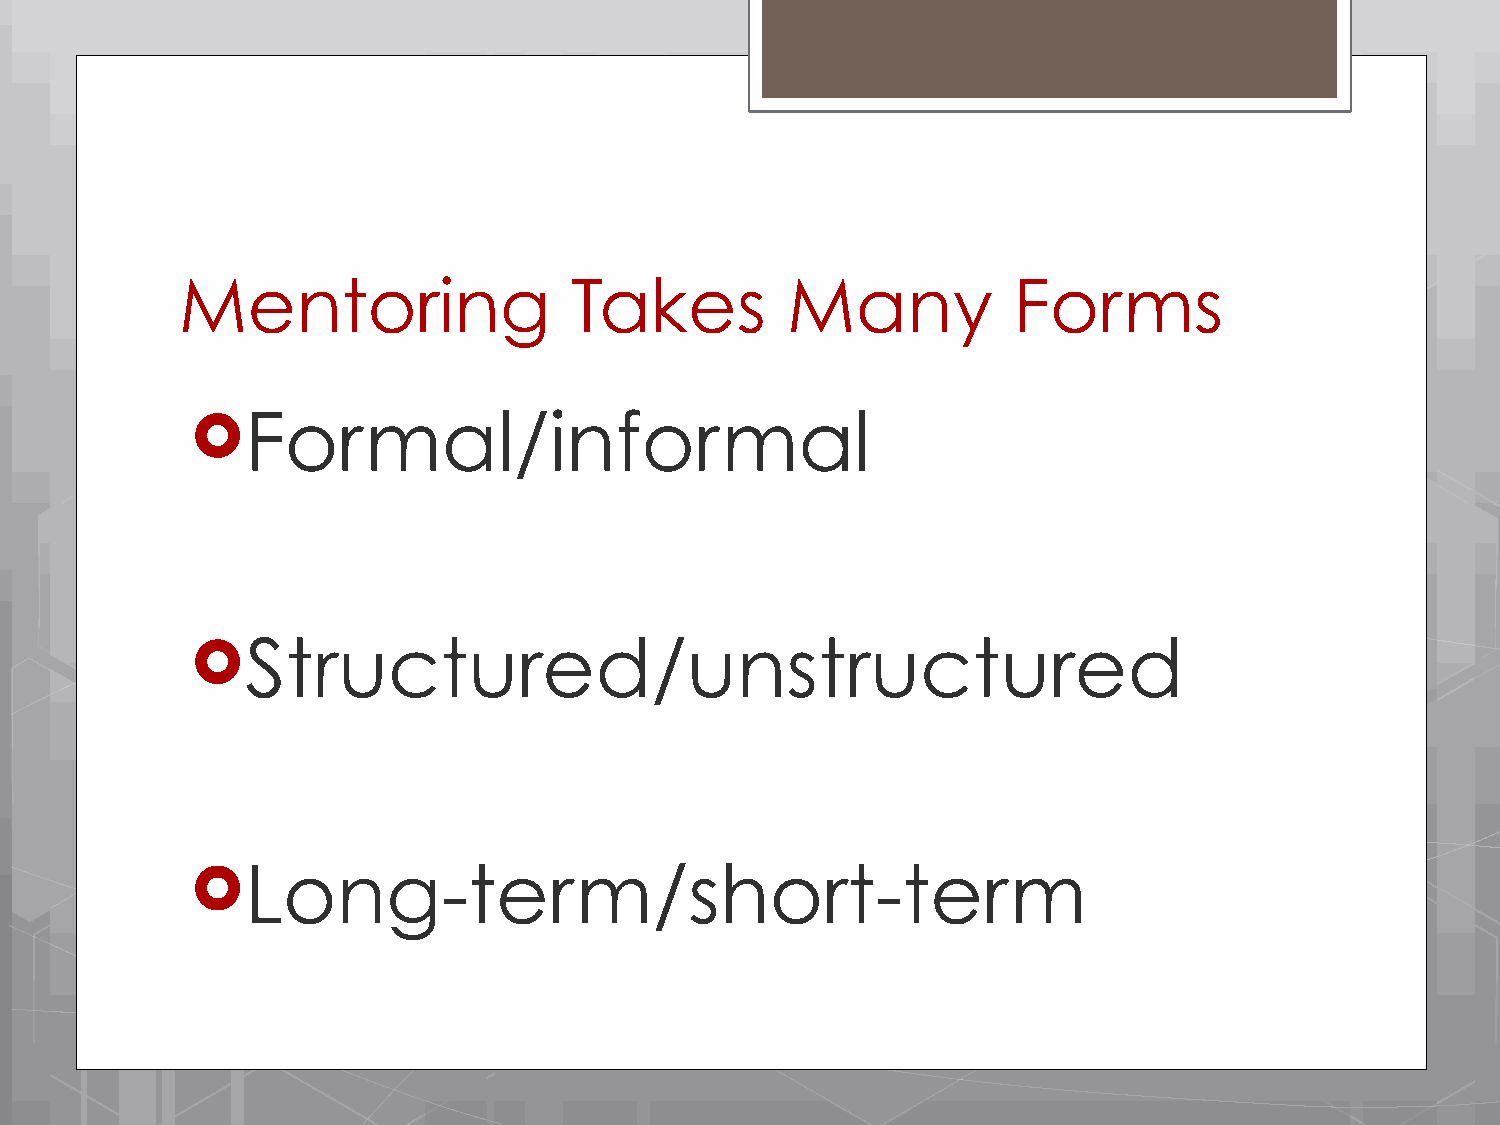
Mentoring                 Takes         Many           Forms
 !Formal/informal
 !Structured/unstructured
 !Long-term/short-term